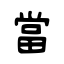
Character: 當